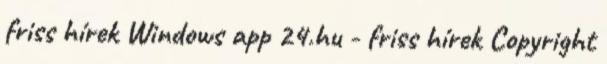
friss hírek Windows app 24.hu - friss hírek Copyright